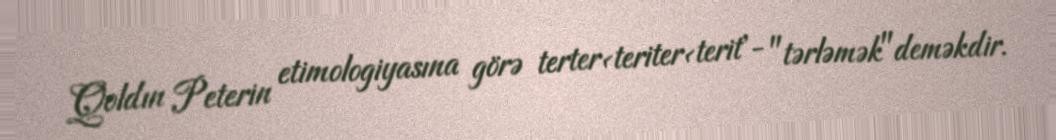
Qoldın Peterin etimologiyasına görə terter<teriter<terit'- "tərləmək"deməkdir.